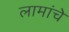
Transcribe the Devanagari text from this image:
लामांचे